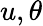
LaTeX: u,\theta